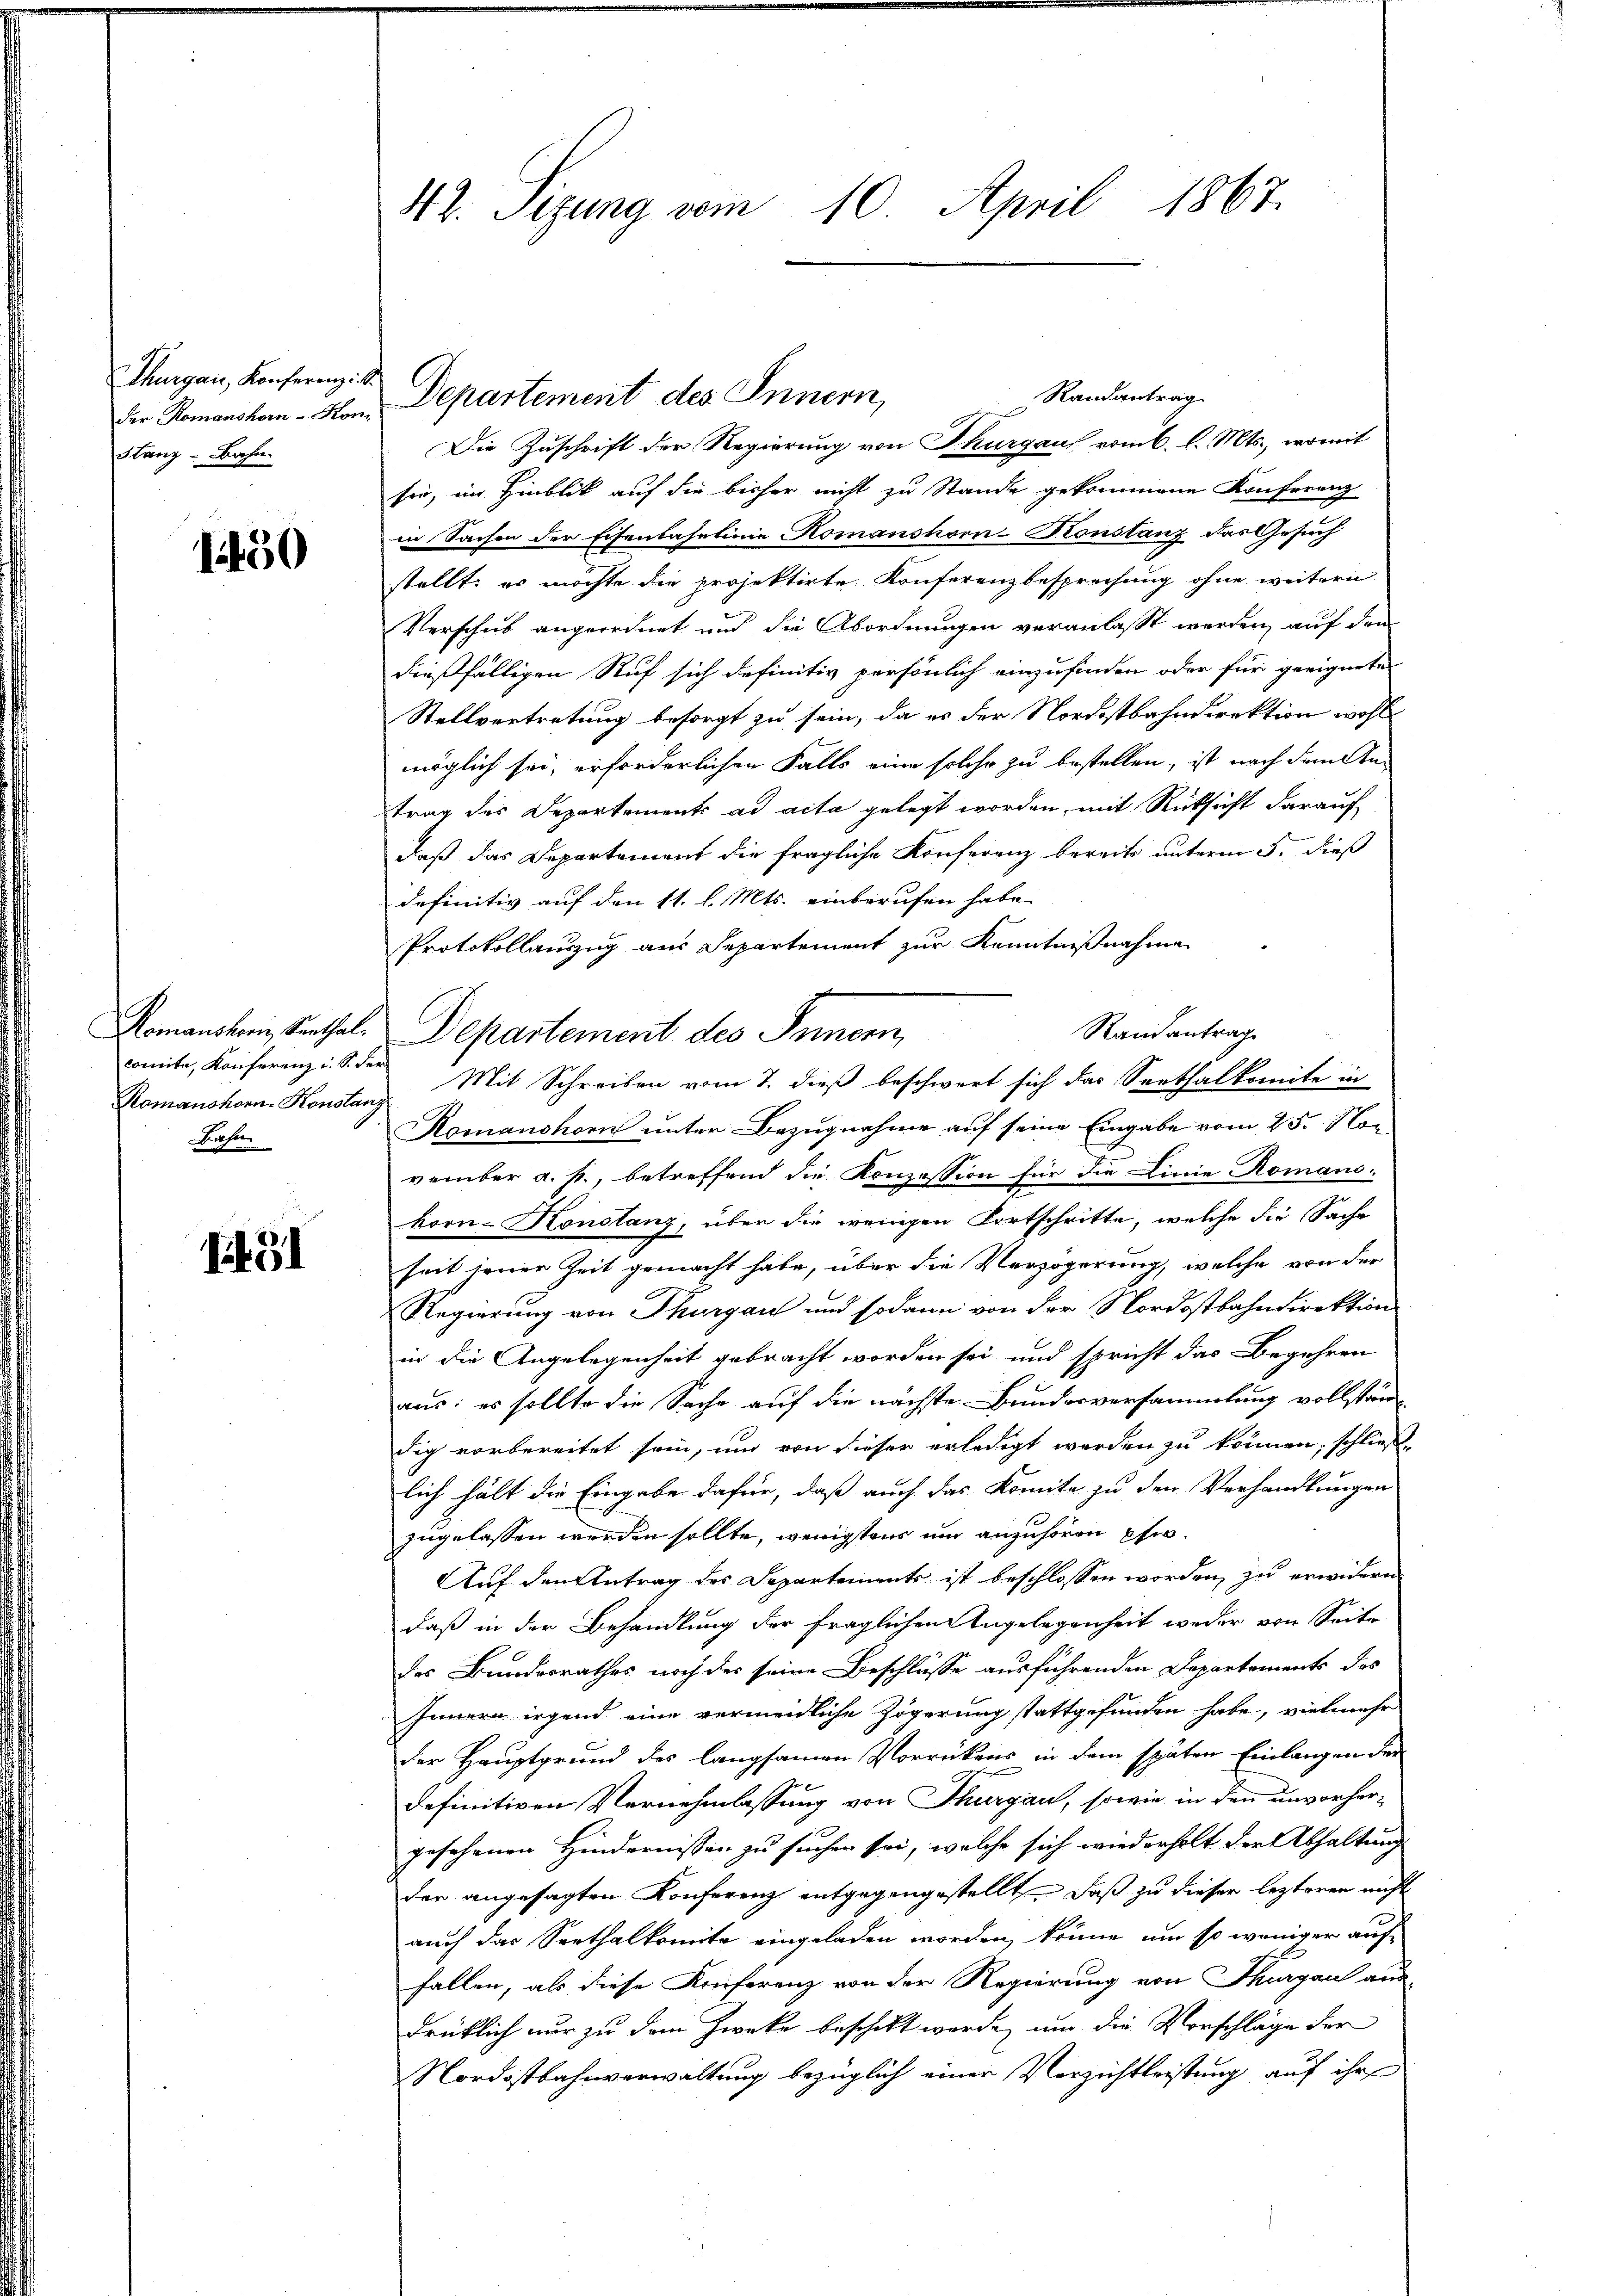
Thurgau, Konferenz i
der Romanshorn-Kon¬
Stang-Bahn.

1450

Romanstori, Senthalcomite, Konferenz u. S. de
Romanshorn-Konstan
Bahn

1451

42. Sizung vom 10. April 1867.

Die Zuschrift der Regierung von Thurgau vom 6. l. Mts., womit
see, im Hinblick auf die bisher nicht zu Stande gekommene Konferenz
in Sachen der Eisenbahnlinie Komanshorn-Konstanz das Gesuch
stellt: es möchte die projektirte Konferenzbesprechung ohne weitern
Verschub angeordnet und die Abordnungen veranlasst werden, auf den
dießfälligen Ruf sich definitiv persönlich einzufinden oder für geeignete
Stellvertretung besorgt zu sein, da es der Nordostbahndirektion wohl
möglich sei, erforderlichen Falls eine solche zu bestellen, ist nach dem An-
trag des Departements ad acta gelegt worden, mit Rücksicht darauf
daß das Departement die fragliche Konferenz bereits unterm 5. dieß
definitiv auf den 11. l. Mts. einberufen habe.
Protokollauszug aus Departement zur Kenntnißnahme
Randantrag
Departement des Innern,
Mit Schreiben vom 7. dieß beschwert sich das Seethalkomite in
Komanshorn unter Bezugnahme auf seine Eingabe vom 25. Nor
vember a. p., betreffend die Konzession für die Linie Romans-
korn-Konstanz, über die wenigen Fortschritte, welche die Sache
seit jener Zeit gemacht habe, über die Verzögerung, welche von der
Regierung von Thurgau und sodann von der Nordostbahndirektion
in die Angelegenheit gebracht worden sei und spricht das Begehren
aus: es sollte die Sache auf die nächste Bundesversammlung vollständig vorbereitet sein, und von dieser erledigt werden zu können, schließ
lich hält die Eingabe dafür, daß auch das Komite zu den Verhandlungen
zugelassen werden sollte, wenigstens und anzuhören pfle¬
Auf den Antrag des Departements ist beschlossen worden, zu erwidern
daß in der Behandlung der fraglichen Angelegenheit weder von Seite
des Bundesrathes noch des seine Beschlüsse ausführenden Departements des
Innern irgend eine vermeidliche Zögerung stattgefunden habe, vielmehr
der Hauptgrund des langsamen Vorrückens in dem späten Einlangen der
definitiven Vernehmlassung von Thurgau, sowie in den unvorhergesehenen Hindernissen zu suchen sei, welche sich wiederholt der Abhaltung
der angesagten Konferenz entgegengestellt, daß zu dieser lezteren nicht
auch das Seethalkomite eingeladen worden, könne um so weniger auffallen, als diese Konferenz von der Regierung von Thurgau aus-
drüklich nur zu dem Zwecke beschikt werde, um die Vorschläge der
Nordostbahnverwaltung bezüglich einer Verzichtleistung auf ihr

Departement des Innern,

Randantrag